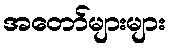
အတော်များများ